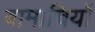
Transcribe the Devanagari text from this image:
बामाचियों